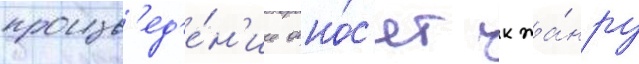
произв'ед'е́н'ие отно́с'ят к жа́нру